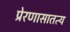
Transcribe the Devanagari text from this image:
प्रेरणासातत्य